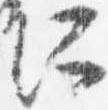
所